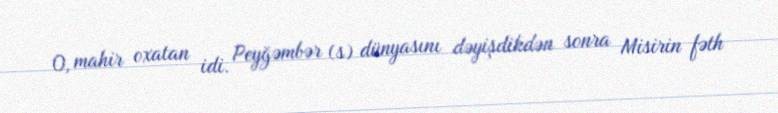
O, mahir oxatan idi. Peyğəmbər (s) dünyasını dəyişdikdən sonra Misirin fəth